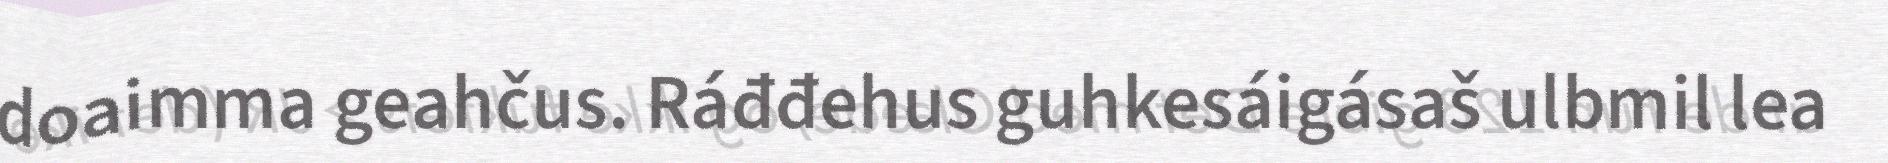
doaimma geahčus. Ráđđehus guhkesáigásaš ulbmil lea